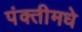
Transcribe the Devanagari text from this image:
पंक्तीमधे